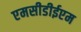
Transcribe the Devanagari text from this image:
एमसीडीईएम